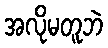
အလိုမတူဘဲ